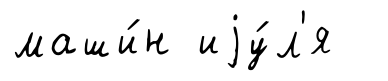
маши́н иjу́л'я